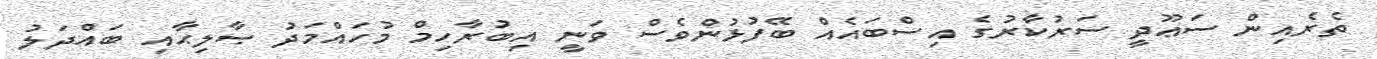
ތެރެއިން ސަޢޫދީ ސަރުކާރުގެ އިސްބައެއް ބޭފުޅުންވެސް ވަނީ އިބުރާހިމް މުހައްމަދު ޞާލިޙާއި ބައްދަލު